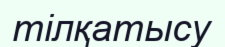
тілқатысу